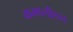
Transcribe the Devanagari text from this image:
कमप्लीशन